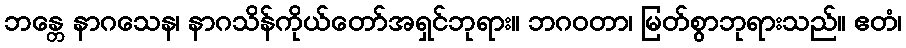
ဘန္တေ နာဂသေန၊ နာဂသိန်ကိုယ်တော်အရှင်ဘုရား။ ဘဂဝတာ၊ မြတ်စွာဘုရားသည်။ ဧတံ၊